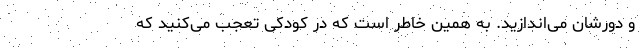
و دورشان می‌اندازید. به همین خاطر است که در کودکی تعجب می‌کنید که